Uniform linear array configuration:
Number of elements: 12
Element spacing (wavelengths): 0.75
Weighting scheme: blackman
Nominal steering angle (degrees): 45
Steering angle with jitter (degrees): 43.814
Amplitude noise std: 0.05
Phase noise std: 0.05

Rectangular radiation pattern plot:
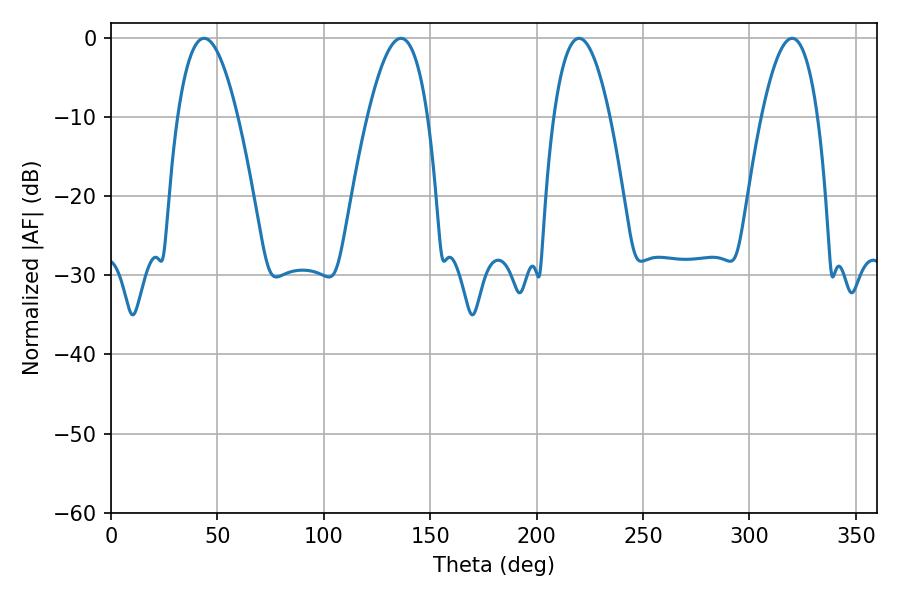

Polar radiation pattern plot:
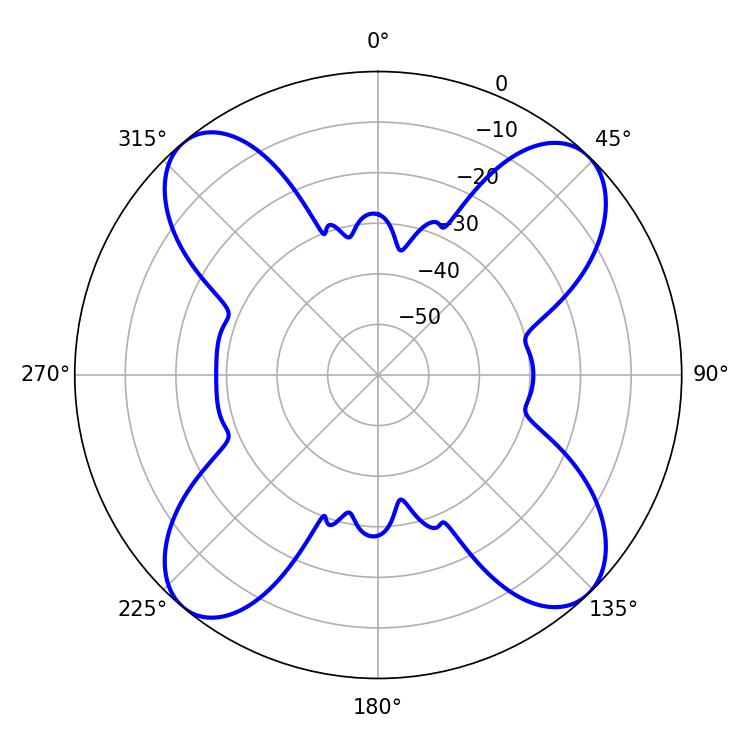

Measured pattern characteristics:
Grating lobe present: TRUE
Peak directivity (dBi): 15.73
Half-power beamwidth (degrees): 15.48
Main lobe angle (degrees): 43.74